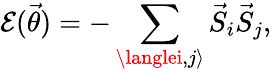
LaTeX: \mathcal{E}(\vec{{\theta}})=-\sum_{\langlei,j\rangle}\vec{{S}}_{i}\vec{{S}}_{j},